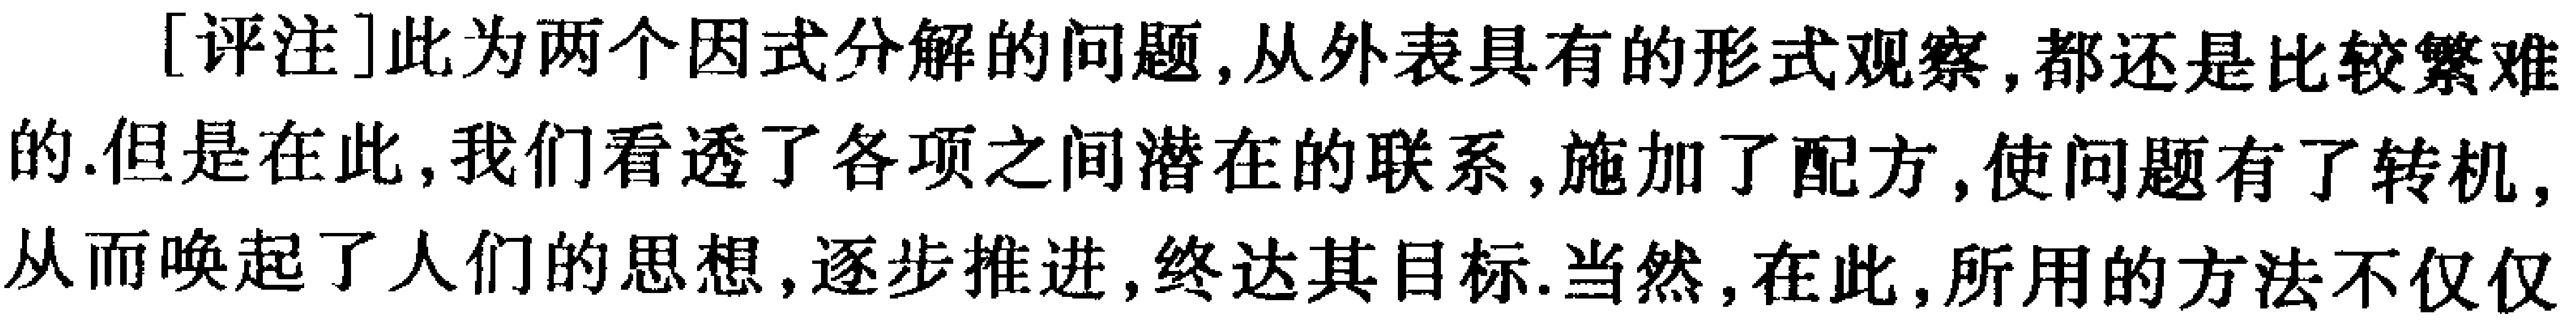
[评注]此为两个因式分解的问题,从外表具有的形式观察,都还是比较繁难的.但是在此,我们看透了各项之间潜在的联系,施加了配方,使问题有了转机,从而唤起了人们的思想,逐步推进,终达其目标.当然,在此,所用的方法不仅仅